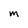
Character: M